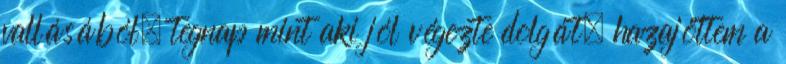
vallásából. tegnap mint aki jól végezte dolgát, hazajöttem a